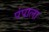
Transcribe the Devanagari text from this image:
पंपाला